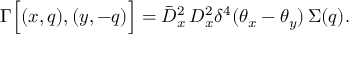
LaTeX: \Gamma \Big [ ( x , q ) , ( y , - q ) \Big ] = \bar { D } _ { x } ^ { 2 } \, D _ { x } ^ { 2 } \delta ^ { 4 } ( \theta _ { x } - \theta _ { y } ) \, \Sigma ( q ) .